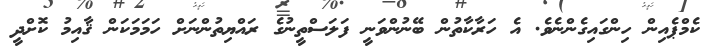
ކެމްޕެއިން ހިންގައިގެންނެވެ. އެ ހަރާކާތުން ބޭނުންވަނީ ފަލަސްތީނުގެ ރައްޔިތުންނަށް ހަމަމަކަން ޤާއިމު ކޮށްދީ